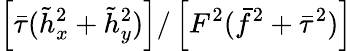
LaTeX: \left[\bar{\tau}(\tilde{h}_{x}^{2}+\tilde{h}_{y}^{2})\right]/\left[F^{2}(\bar{f}^{2}+\bar{\tau}^{2})\right]